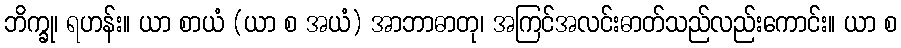
ဘိက္ခု၊ ရဟန်း။ ယာ စာယံ (ယာ စ အယံ) အာဘာဓာတု၊ အကြင်အလင်းဓာတ်သည်လည်းကောင်း။ ယာ စ